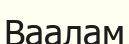
Ваалам